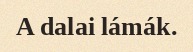
A dalai lámák.